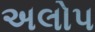
અલોપ